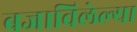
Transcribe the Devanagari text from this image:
बजाविलेल्या